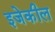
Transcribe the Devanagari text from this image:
इजेकील